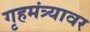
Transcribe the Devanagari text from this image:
गृहमंत्र्यावर